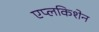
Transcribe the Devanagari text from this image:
एप्लकिशेन